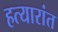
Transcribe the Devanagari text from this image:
हत्यारांत